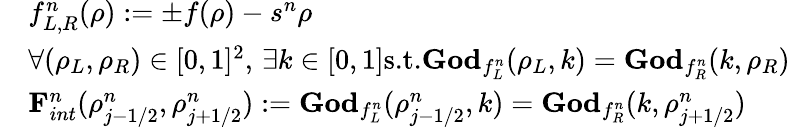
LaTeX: \begin{array}{rl}&{f_{L,R}^{n}(\rho):=\pm f(\rho)-s^{n}\rho}\\ &{\forall(\rho_{L},\rho_{R})\in[0,1]^{2},\, \exists k\in[0,1]\textrm{s.t.}\mathbf{God}_{f_{L}^{n}}(\rho_{L},k)=\mathbf{God}_{f_{R}^{n}}(k,\rho_{R})}\\ &{\mathbf{F}_{int}^{n}(\rho_{j-1/2}^{n},\rho_{j+1/2}^{n}):=\mathbf{God}_{f_{L}^{n}}(\rho_{j-1/2}^{n},k)=\mathbf{God}_{f_{R}^{n}}(k,\rho_{j+1/2}^{n})}\end{array}